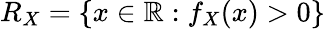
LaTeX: R_{X}=\{ x\in\mathbb{R}:f_{X}(x)>0\}